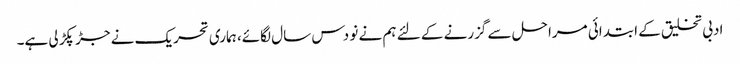
ادبی تخلیق کے ابتدائی مراحل سے گزرنے کے لئے ہم نے نو دس سال لگائے، ہماری تحریک نے جڑ پکڑ لی ہے۔